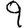
Digit: 9